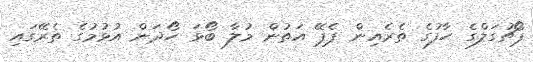
ޕޯޗުގަލްގެ ހާފުގެ ތެރެއިން ޕެޕޭ އަތުން މުލާ ބޯޅަ ހޯދަން އުޅުމުގެ ތެރޭގައި